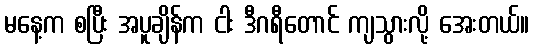
မနေ့က စပြီး အပူချိန်က ငါး ဒီဂရီတောင် ကျသွားလို့ အေးတယ်။